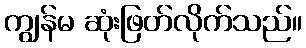
ကျွန်မ ဆုံးဖြတ်လိုက်သည်။